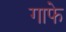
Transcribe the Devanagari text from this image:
गाफे